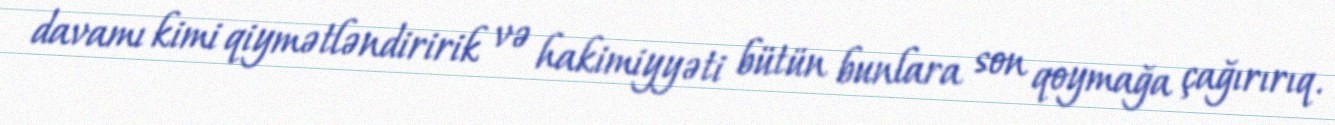
davamı kimi qiymətləndiririk və hakimiyyəti bütün bunlara son qoymağa çağırırıq.